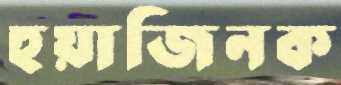
হুয়াজিনক